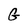
Character: G